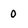
Character: 0